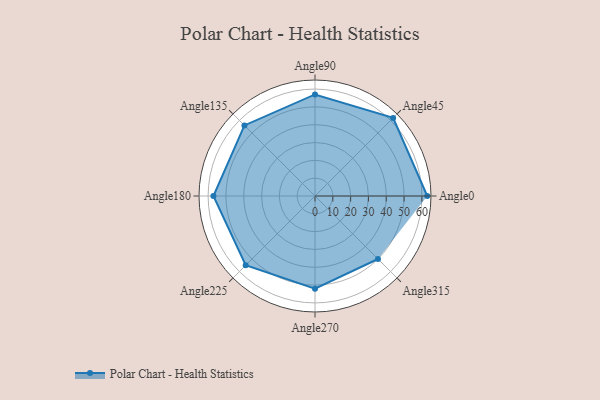
{"axis": {"x": "Angle", "y": "Radius"}, "legend": [""], "data": [{"x": "Angle0", "y": 63.0, "type": ""}, {"x": "Angle45", "y": 62.0, "type": ""}, {"x": "Angle90", "y": 57.0, "type": ""}, {"x": "Angle135", "y": 56.0, "type": ""}, {"x": "Angle180", "y": 57.0, "type": ""}, {"x": "Angle225", "y": 55.0, "type": ""}, {"x": "Angle270", "y": 52.0, "type": ""}, {"x": "Angle315", "y": 50.0, "type": ""}]}